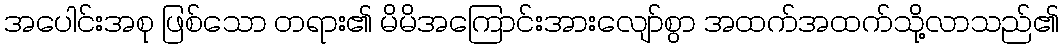
အပေါင်းအစု ဖြစ်သော တရား၏ မိမိအကြောင်းအားလျော်စွာ အထက်အထက်သို့လာသည်၏